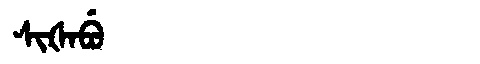
Manchu: ᠰᡳᡧᠠᠪᡠ
Romanization: SIŠABU